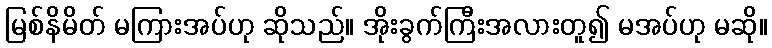
မြစ်နိမိတ် မကြားအပ်ဟု ဆိုသည်။ အိုးခွက်ကြီးအလားတူ၍ မအပ်ဟု မဆို။